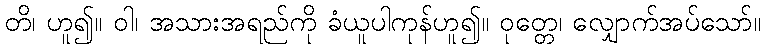
တိ၊ ဟူ၍။ ဝါ၊ အသားအရည်ကို ခံယူပါကုန်ဟူ၍။ ဝုတ္တေ၊ လျှောက်အပ်သော်။